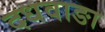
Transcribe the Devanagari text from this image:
दधवाङा